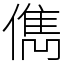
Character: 儁